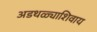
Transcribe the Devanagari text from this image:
अडथळ्याशिवाय